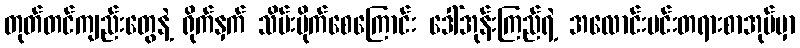
တုတ်တင်ကျည်းတွေနဲ့ ရိုက်နှက် သိမ်းပိုက်စေကြောင်း ဒေါ်အုန်းကြည်ရဲ့ အလောင်းမင်းတရားစာအုပ်မှာ